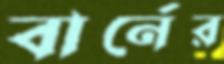
বার্নের